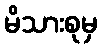
မိသားစုမှ